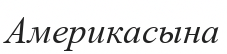
Америкасына